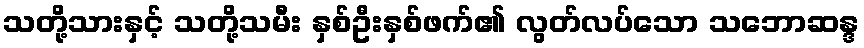
သတို့သားနှင့် သတို့သမီး နှစ်ဦးနှစ်ဖက်၏ လွတ်လပ်သော သဘောဆန္ဒ